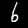
Label: 6